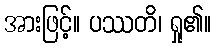
အားဖြင့်။ ပဿတိ၊ ရှု၏။